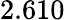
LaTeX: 2.610